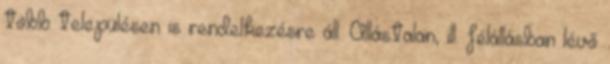
több településen is rendelkezésre áll. Állástalan, ill. félállásban lévő